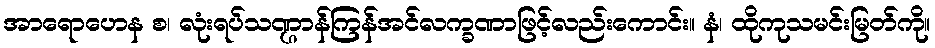
အာရောဟေန စ၊ လုံးရပ်သဏ္ဌာန်ကြန်အင်လက္ခဏာဖြင့်လည်းကောင်း။ နံ၊ ထိုကုသမင်းမြတ်ကို။